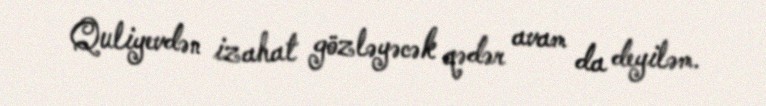
Quliyevdən izahat gözləyəcək qədər avam da deyiləm.